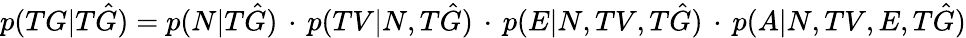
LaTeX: p(TG|T\hat{G})=p(N|T\hat{G})\, \cdot\, p(TV|N,T\hat{G})\, \cdot\, p(E|N,TV,T\hat{G})\, \cdot\, p(A|N,TV,E,T\hat{G})